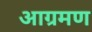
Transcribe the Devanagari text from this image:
आग्रमण